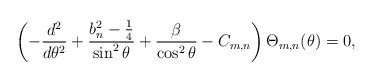
\begin{align*}\left( -\frac{d^{2}}{d\theta ^{2}}+\frac{b_{n}^{2}-\frac{1}{4}}{\sin^{2}\theta }+\frac{\beta}{\cos ^2\theta} -C_{m,n}\right) \Theta_{m,n} (\theta )=0, \end{align*}